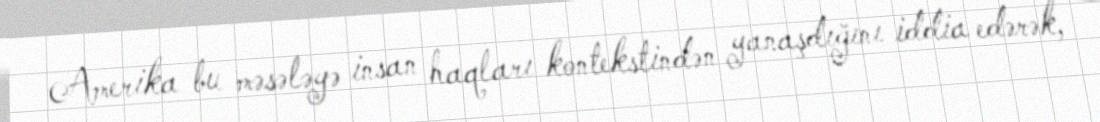
Amerika bu məsələyə insan haqları kontekstindən yanaşdığını iddia edərək,